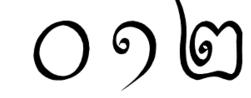
០ ១ ២